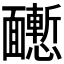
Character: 𩉒